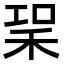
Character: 𥞣